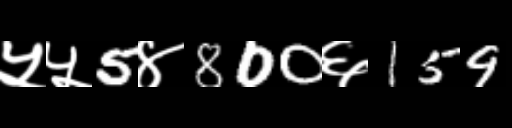
Text: ५५5४800६159